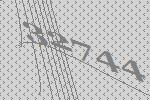
32744